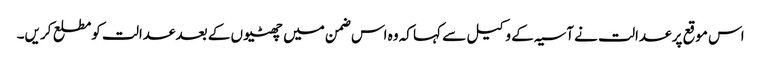
اس موقع پر عدالت نے آسیہ کے وکیل سے کہا کہ وہ اس ضمن میں چھٹیوں کے بعد عدالت کومطلع کریں۔